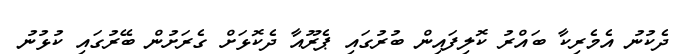
ދެކުނު އެމެރިކާ ބައްރު ކޮލިފައިން ބުރުގައި ޕެރޫއާ ދެކޮޅަށް ގެރަށުން ބޭރުގައި ކުޅުނު